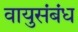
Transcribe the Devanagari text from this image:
वायुसंबंध